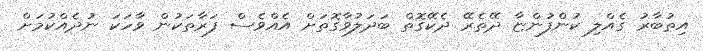
އިތުބާރު ގެއްލި ކުންފުންޏާ ދޭތެރޭ ދެކޭގޮތް ބަދަލުވާގޮތަށް އެއްވެސް ފަރާތަކުން ވާހަކަ ނުދެއްކުމަށް